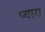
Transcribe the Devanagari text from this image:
प्‍यारा